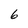
Character: 6